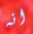
انه